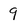
Character: 9